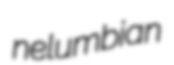
nelumbian